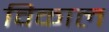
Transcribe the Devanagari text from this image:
विकाल